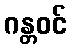
ဂန္တဝင်